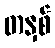
တနှစ်